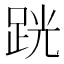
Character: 𫏈